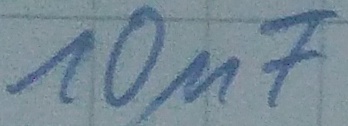
Text: 10µF